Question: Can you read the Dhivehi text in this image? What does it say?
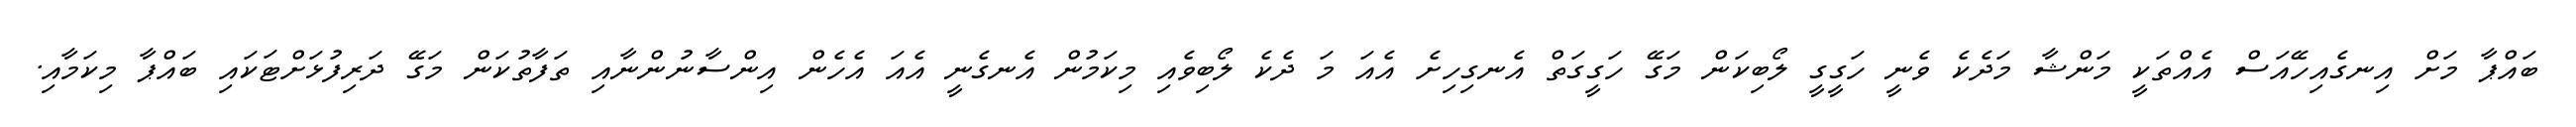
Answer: ބައްޕާ މަށް އިނގެއިހޭއަސް އެއްތަކީ މަންޝާ މަދެކެ ވެނީ ހަގީގީ ލޯބިކަން މަގޭ ހަގީގަތް އެނގިހިށެ އެއަ މަ ދެކެ ލޯބިވެއި މިކަމުން އެނގެނީ އެއަ އެހެން އިންސާނުންނާއި ތަފާތުކަން މަގޭ ދަރިފުޅަށްޓަކައި ބައްޕާ މިކަމާއި.